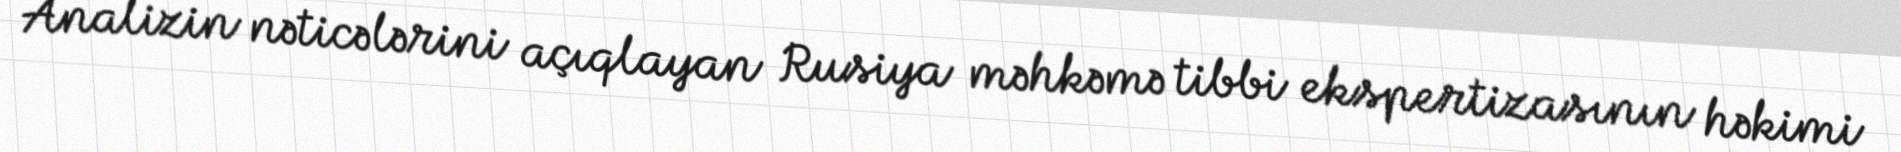
Analizin nəticələrini açıqlayan Rusiya məhkəmə tibbi ekspertizasının həkimi